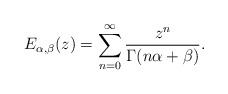
\begin{align*}E_{\alpha,\beta}(z)=\sum_{n=0}^\infty \frac{z^n}{\Gamma(n \alpha +\beta)}. \end{align*}